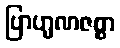
ဗြာဟ္မဏဇစ္စာ